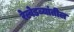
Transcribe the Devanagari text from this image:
रेल्वेडब्यांतील